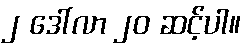
၂ ဒေါ်လာ ၂၀ ဆင့်ပါ။